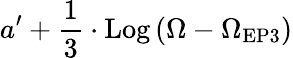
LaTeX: a^{\prime}+\frac{1}{3}\cdot\textrm{Log}\left(\Omega-\Omega_{\mathrm{{EP3}}}\right)